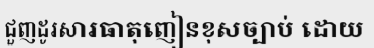
ជួញដូរសារធាតុញៀនខុសច្បាប់ ដោយ